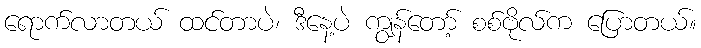
ရောက်လာတယ် ထင်တာပဲ၊ ဒီနေ့ပဲ ကျွန်တော့် စစ်ဗိုလ်က ပြောတယ်။